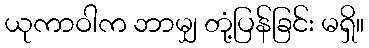
ယုကာဝါက ဘာမျှ တုံ့ပြန်ခြင်း မရှိ။